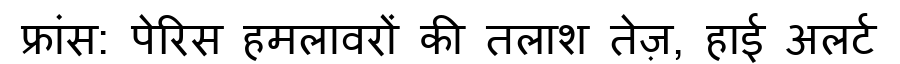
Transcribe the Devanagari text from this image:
फ्रांस: पेरिस हमलावरों की तलाश तेज़, हाई अलर्ट